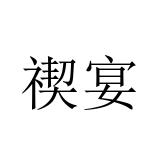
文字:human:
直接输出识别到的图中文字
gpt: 禊宴